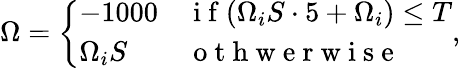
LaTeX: \Omega=\left\{ \begin{array}{ll}{-1000}&{\mathrm{~i~f~}(\Omega_{i}S\cdot 5+\Omega_{i})\leq T}\\ {\Omega_{i}S}&{\mathrm{~o~t~h~w~e~r~w~i~s~e~}}\end{array}\right.,